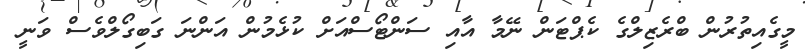
މީގެއިތުރުން ބްރެޒިލްގެ ކެޕްޓަން ނޭމާ އާއި ސަންޓޯސްއަށް ކުޅެމުން އަންނަ ގަބިގޯލްވެސް ވަނީ